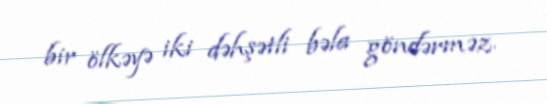
bir ölkəyə iki dəhşətli bəla göndərməz.